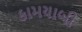
કામયાબી